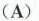
(A)